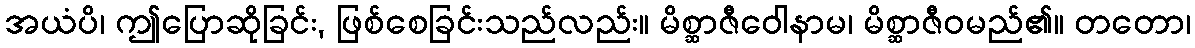
အယံပိ၊ ဤပြောဆိုခြင်း, ဖြစ်စေခြင်းသည်လည်း။ မိစ္ဆာဇီဝေါနာမ၊ မိစ္ဆာဇီဝမည်၏။ တတော၊